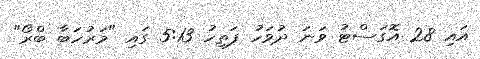
އައި 28 އޮގަސްޓު ވަނަ ދުވަހު ފަތިހު 5:13 ގައި "މަރުހަބާ ބްރޯ"